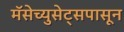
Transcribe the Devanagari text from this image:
मॅसेच्युसेट्सपासून